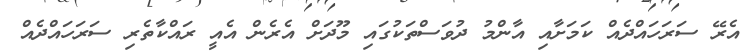
އެރޭ ސަރަހައްދެއް ކަމަށާއި އާންމު ދުވަސްތަކުގައި މޫދަށް އެރެން އެއީ ރައްކާތެރި ސަރަހައްދެއް